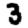
Digit: 3